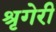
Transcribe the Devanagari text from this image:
श्रृगेरी